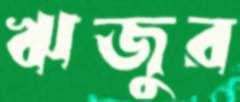
ঋজুর